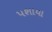
પશાયા